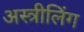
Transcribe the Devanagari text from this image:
अस्त्रीलिंग